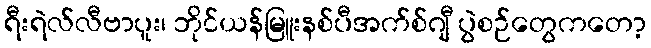
ရီးရဲလ်လီဗာပူး၊ ဘိုင်ယန်မြူးနစ်ပီအက်စ်ဂျီ ပွဲစဉ်တွေကတော့